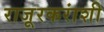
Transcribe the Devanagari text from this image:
राजूरकरांशी